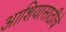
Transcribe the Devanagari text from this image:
आशियासाठीचे